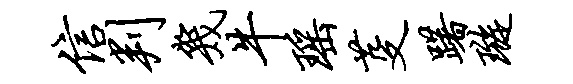
信判几牛瑶芟躇璇